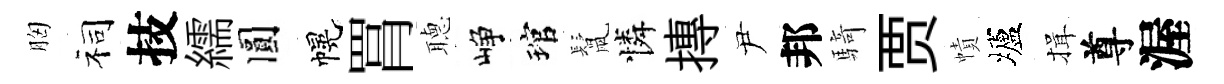
胸祠技繻圓幌罥𦗟峥琯鬛憐摶尹邦騎贾幘壚揖尊渥